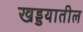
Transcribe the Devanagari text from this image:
खड्डयातील